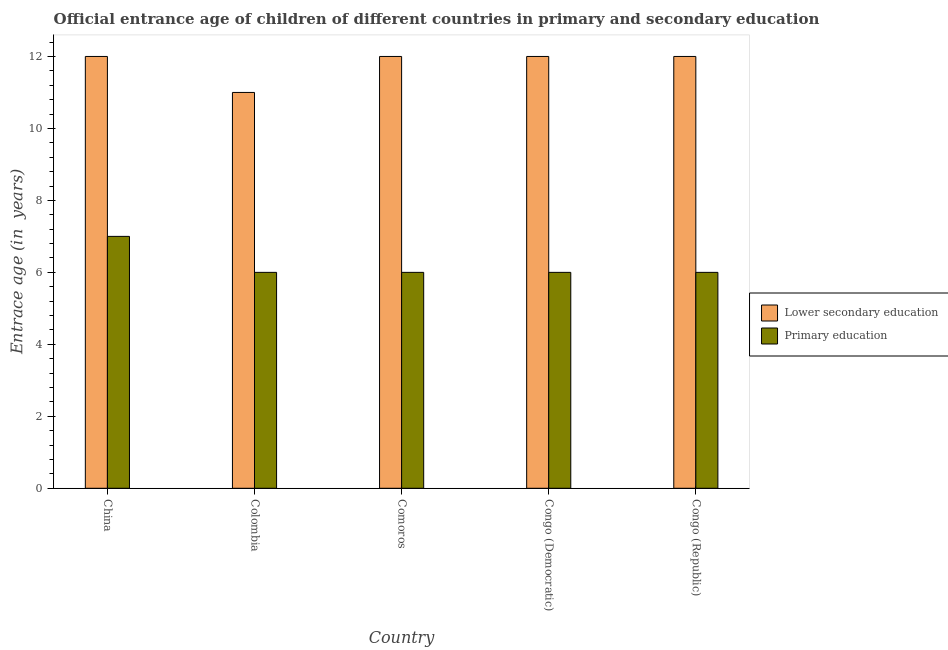
| Country | Lower secondary education | Primary education |
 | --- | --- | --- |
 | China | 12 | 7 |
 | Colombia | 11 | 6 |
 | Comoros | 12 | 6 |
 | Congo (Democratic) | 12 | 6 |
 | Congo (Republic) | 12 | 6 |